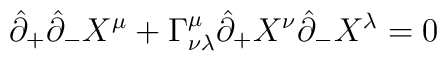
\hat{\partial}_+ \hat{\partial}_- X^\mu + \Gamma^\mu_{\nu\lambda} \hat{\partial}_+ X^\nu \hat{\partial}_- X^\lambda =0